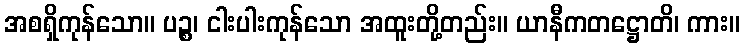
အစရှိကုန်သော။ ပဉ္စ၊ ငါးပါးကုန်သော အထူးတို့တည်း။ ယာနီကတဋ္ဌောတိ၊ ကား။